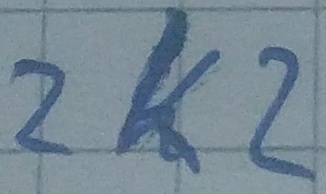
Text: 2K2